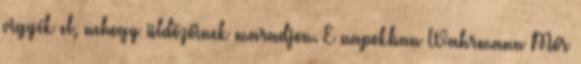
vigyék el, nehogy üldözőinek maradjon. E napokban Wahrmann Mór